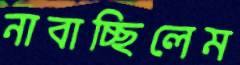
নাবাচ্ছিলেম